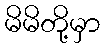
မိမိတို့မှာ